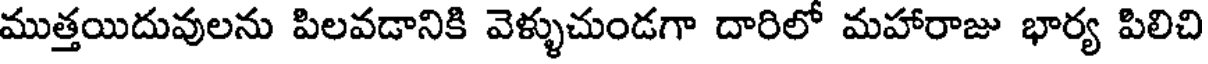
ముత్తయిదువులను పిలవడానికి వెళ్ళుచుండగా దారిలో మహారాజు భార్య పిలిచి